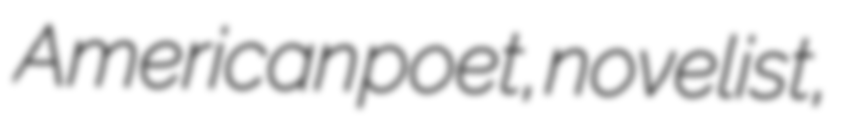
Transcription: American poet, novelist,